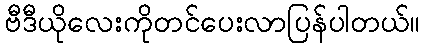
ဗီဒီယိုလေးကိုတင်ပေးလာပြန်ပါတယ်။